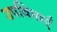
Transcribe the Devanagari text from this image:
उपविधाएँ